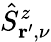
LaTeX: \hat{S}_{\mathbf{r}^{\prime},\nu}^{z}